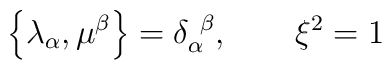
\left\{ \lambda_{\alpha}, \mu^{\beta}\right\} =\delta_{\alpha}^{\ \beta},\qquad \xi^{2}=1